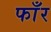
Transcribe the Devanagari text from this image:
फाँर